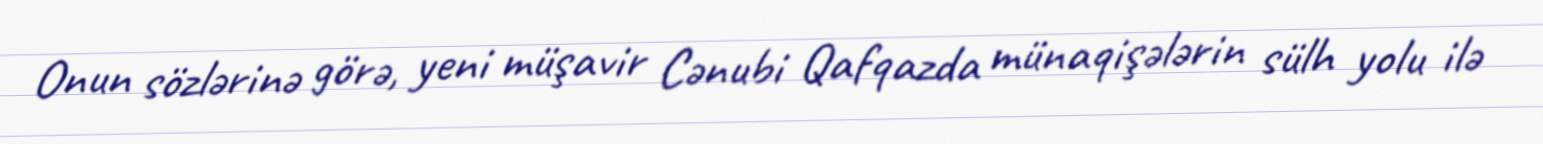
Onun sözlərinə görə, yeni müşavir Cənubi Qafqazda münaqişələrin sülh yolu ilə